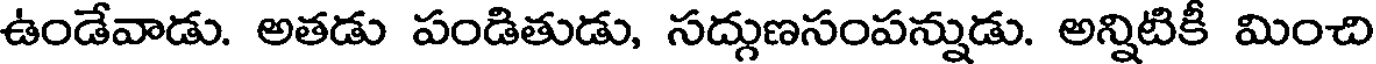
ఉండేవాడు. అతడు పండితుడు, సద్గుణసంపన్నుడు. అన్నిటికీ మించి